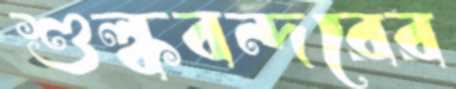
শুল্কবন্দরের